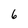
Character: 6